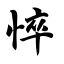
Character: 悴